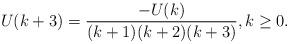
LaTeX: \begin{align*}U(k+3) = \frac{-U(k)}{(k+1)(k+2)(k+3)}, k \geq 0.\end{align*}